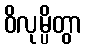
ဝိလုမ္ပိတွာ